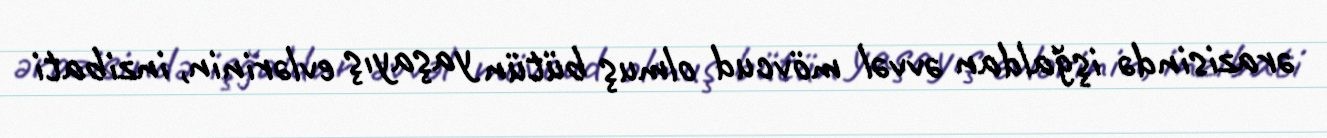
ərazisində işğaldan əvvəl mövcud olmuş bütün yaşayış evlərinin, inzibati